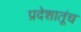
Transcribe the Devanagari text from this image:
प्रदेशातूंच